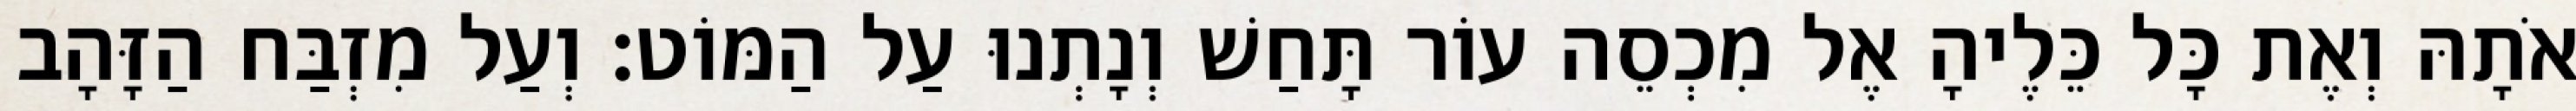
אֹתָהּ וְאֶת כָּל כֵּלֶיהָ אֶל מִכְסֵה עוֹר תָּחַשׁ וְנָתְנוּ עַל הַמּוֹט׃ וְעַל מִזְבַּח הַזָּהָב